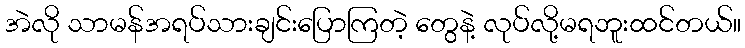
အဲလို သာမန်အရပ်သားချင်းပြောကြတဲ့ တွေနဲ့ လုပ်လို့မရဘူးထင်တယ်။